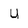
Character: U